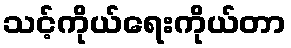
သင့်ကိုယ်ရေးကိုယ်တာ